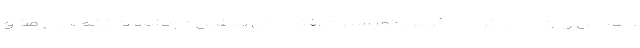
احساس زیان جدی کردند رئیس کمیسیون اقتصادی مجلس در نشست تخصصی مقاو